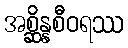
အစ္ဆိန္နစီဝရဿ